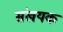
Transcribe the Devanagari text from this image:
संखयक